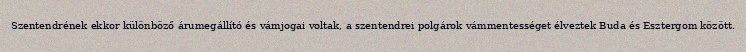
Szentendrének ekkor különböző árumegállító és vámjogai voltak, a szentendrei polgárok vámmentességet élveztek Buda és Esztergom között.